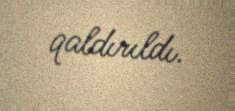
qaldırıldı.